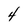
Character: 4